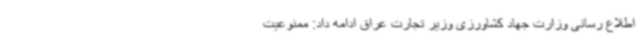
اطلاع رسانی وزارت جهاد کشاورزی وزیر تجارت عراق ادامه داد: ممنوعیت